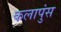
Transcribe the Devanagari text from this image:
कलापुंस